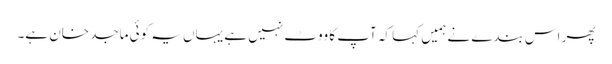
پھر اس بندے نے ہمیں کہا کہ آپ کا ووٹ نہیں ہے یہاں یہ کوئی ماجد خان ہے۔